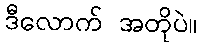
ဒီလောက် အတိုပဲ။